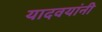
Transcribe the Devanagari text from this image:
यादवयांनी